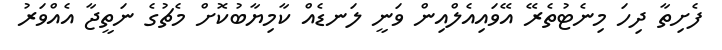
ފެށިތާ ދިހަ މިނެޓުތެރޭ އޭވައިއެލްއިން ވަނީ ލަނޑެއް ކާމިޔާބުކޮށް މެޗުގެ ނަތީޖާ އެއްވަރު